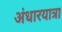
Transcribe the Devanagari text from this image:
अंधारयात्रा